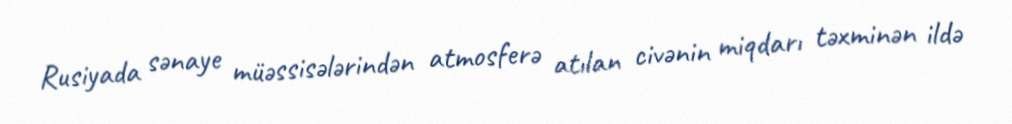
Rusiyada sənaye müəssisələrindən atmosferə atılan civənin miqdarı təxminən ildə